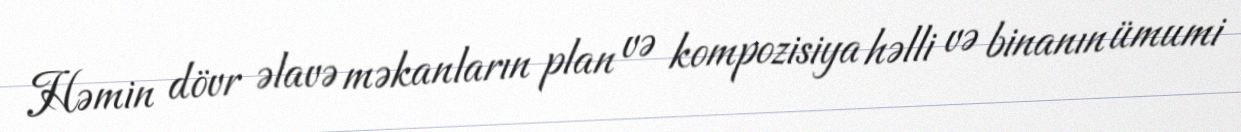
Həmin dövr əlavə məkanların plan və kompozisiya həlli və binanın ümumi